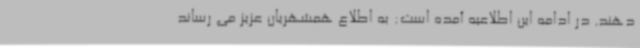
دهند. در ادامه این اطلاعیه آمده است: به اطلاع همشهریان عزیز می رساند